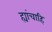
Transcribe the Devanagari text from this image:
ह्यांचाहि